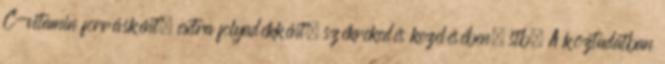
C-vitamin forrásként, extra folyadékként, székrekedés kezelésében, stb. A köztudatban